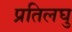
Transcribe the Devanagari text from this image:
प्रतिलघु